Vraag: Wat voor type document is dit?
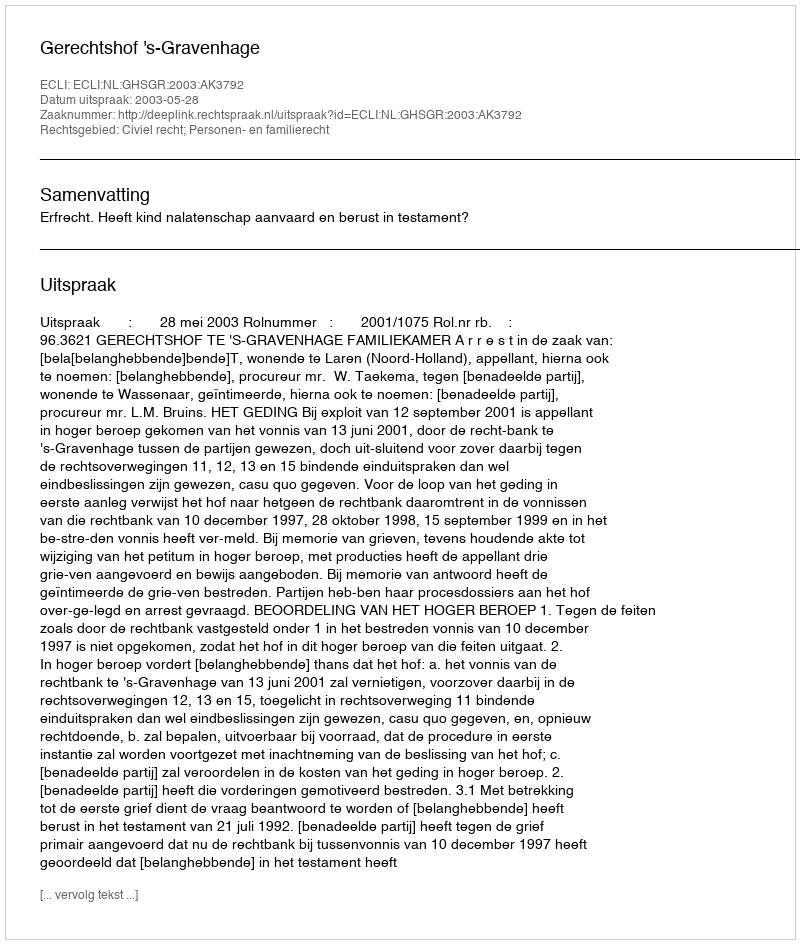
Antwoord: Uitspraak